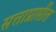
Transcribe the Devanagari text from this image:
सत्ताप्राप्तीत